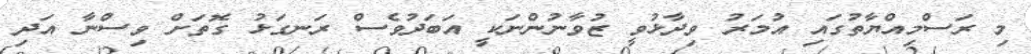
މި ރަސްމިއްޔާތުގައި އުމަރު ވިދާޅުވީ ޒުވާނުންނަކީ އަބަދުވެސް ރަނގަޅު ގޮތަށް ވިސްނާ އަދި